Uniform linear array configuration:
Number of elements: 16
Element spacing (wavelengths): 0.5
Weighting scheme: hamming
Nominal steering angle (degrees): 45
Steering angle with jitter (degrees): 46.105
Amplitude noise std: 0.05
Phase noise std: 0.05

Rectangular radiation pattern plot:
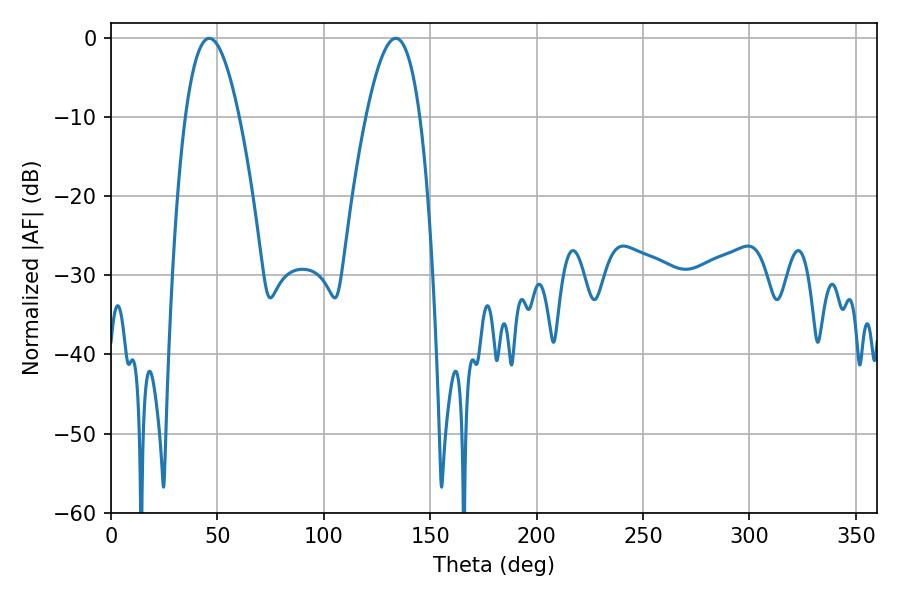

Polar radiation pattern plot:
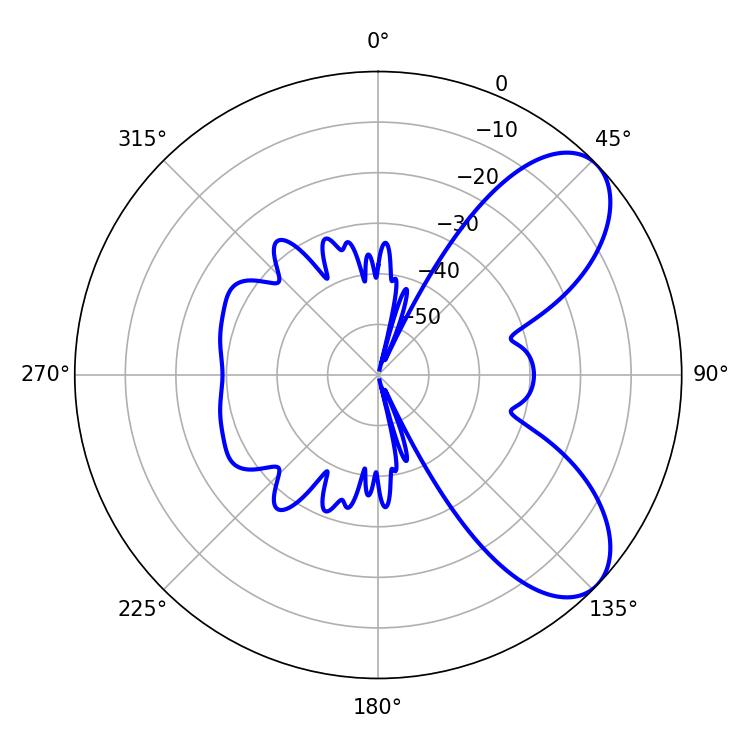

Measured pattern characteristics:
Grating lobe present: FALSE
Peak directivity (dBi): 7.255
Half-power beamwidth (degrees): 13.86
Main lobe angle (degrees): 46.26